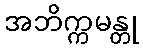
အဘိက္ကမန္တု